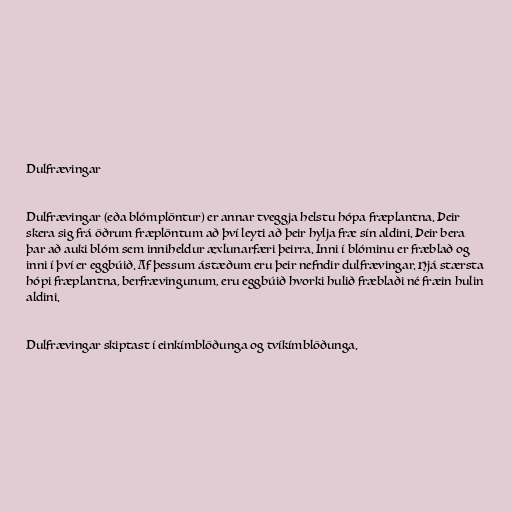
Dulfrævingar

Dulfrævingar (eða blómplöntur) er annar tveggja helstu hópa fræplantna. Þeir
skera sig frá öðrum fræplöntum að því leyti að þeir hylja fræ sín aldini. Þeir bera
þar að auki blóm sem inniheldur æxlunarfæri þeirra. Inni í blóminu er fræblað og
inni í því er eggbúið. Af þessum ástæðum eru þeir nefndir dulfrævingar. Hjá stærsta
hópi fræplantna, berfrævingunum, eru eggbúið hvorki hulið fræblaði né fræin hulin
aldini.

Dulfrævingar skiptast í einkímblöðunga og tvíkímblöðunga.